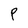
Character: P